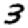
Digit: 3